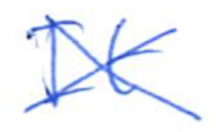
Text: It
Cross-out: cross
Writing tool: ballpoint